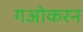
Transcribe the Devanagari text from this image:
गओकरन